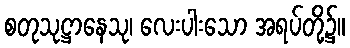
စတုသုဋ္ဌာနေသု၊ လေးပါးသော အရပ်တို့၌။